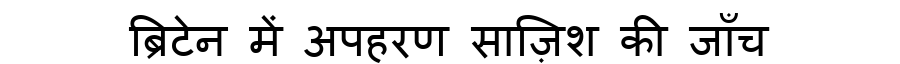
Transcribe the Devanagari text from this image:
ब्रिटेन में अपहरण साज़िश की जाँच